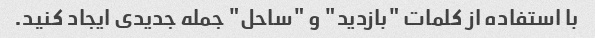
با استفاده از کلمات "بازدید" و "ساحل" جمله جدیدی ایجاد کنید.